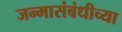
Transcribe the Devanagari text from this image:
जन्मासंबंधीच्या